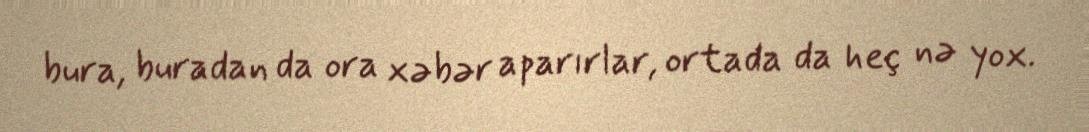
bura, buradan da ora xəbər aparırlar, ortada da heç nə yox.